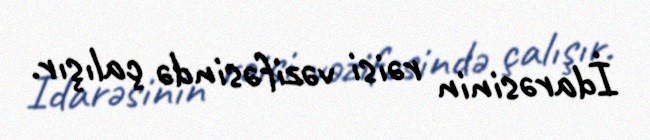
İdarəsinin rəisi vəzifəsində çalışır.